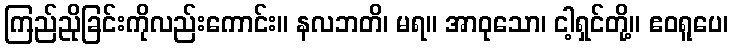
ကြည်ညိုခြင်းကိုလည်းကောင်း။ နလဘတိ၊ မရ။ အာဝုသော၊ ငါ့ရှင်တို့။ ဧဝရူပေ၊